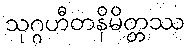
သုဂ္ဂဟီတနိမိတ္တဿ